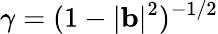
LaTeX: \gamma=(1-|\mathbf{b}|^{2})^{-1/2}